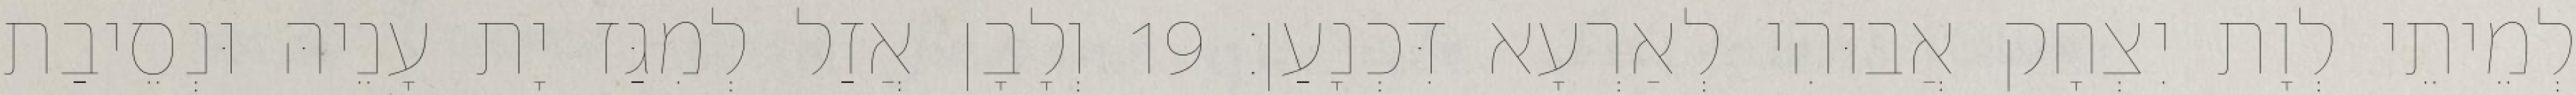
לְמֵיתֵי לְוָת יִצְחָק אֲבוּהִי לְאַרְעָא דִּכְנָעַן׃ 19 וְלָבָן אֲזַל לְמִגַּז יָת עָנֵיהּ וּנְסֵיבַת